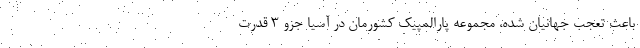
باعث تعجب جهانیان شده، مجموعه پارالمپیک کشورمان در آسیا جزو 3 قدرت